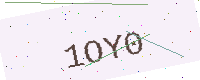
Text: 1OY0